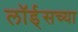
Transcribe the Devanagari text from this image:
लॉर्ड्‌सच्या